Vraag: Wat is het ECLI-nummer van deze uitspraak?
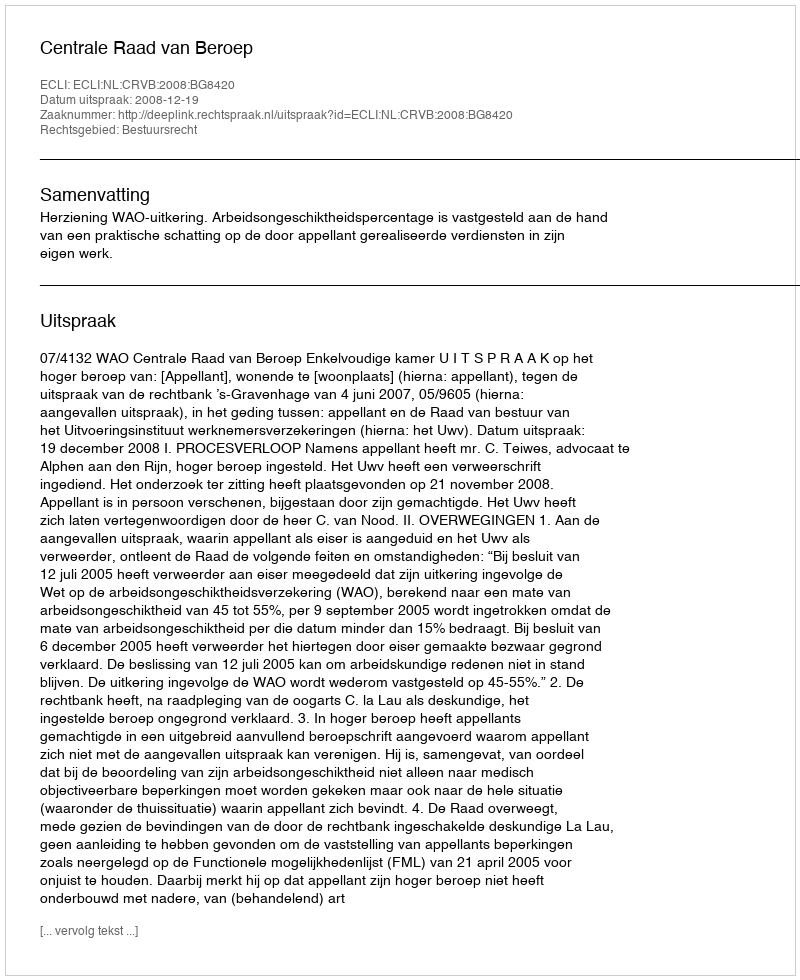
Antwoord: ECLI:NL:CRVB:2008:BG8420